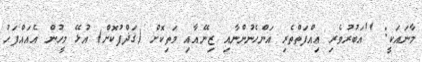
މާނައަކީ: ''އަބުރުވެރި ޢިއްފަތްތެރި އަންހެނުންނާއި ޒިނޭއާއި މަތިކޮށް (ޤަޛްފުކޮށް) އުޅޭ މީހުން އެއައްފަހު